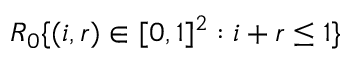
R _ { 0 } \{ ( i , r ) \in [ 0 , 1 ] ^ { 2 } : i + r \le 1 \}